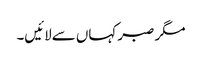
مگر صبر کہاں سےلائیں۔